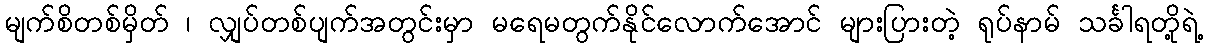
မျက်စိတစ်မှိတ် ၊ လျှပ်တစ်ပျက်အတွင်းမှာ မရေမတွက်နိုင်လောက်အောင် များပြားတဲ့ ရုပ်နာမ် သင်္ခါရတို့ရဲ့